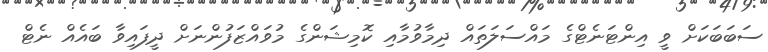
ސަބަބަކަށް ވީ އިންޓަނެޓްގެ މައްސަލަތައް ދިމާވުމާއި ކޮމިޝަންގެ މުވައްޒަފުންނަށް ދީފައިވާ ބައެއް ނެޓް